Vaccination report Assam 1896-1927 - 1896-1927
Year: 1896
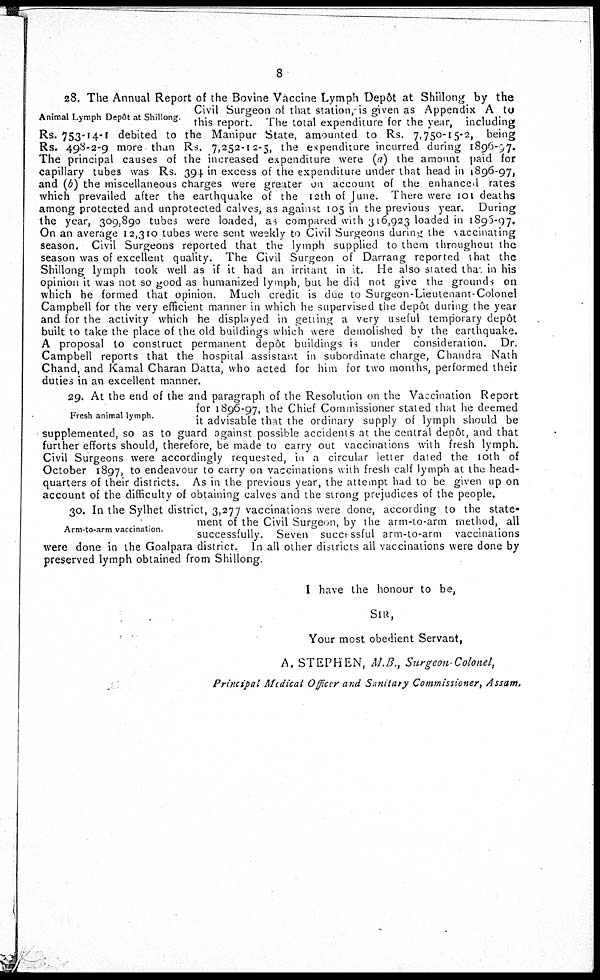
8
Animal Lymph Depôt at Shillong.
28. The Annual Report of the Bovine Vaccine Lymph Depôt at Shillong by the
Civil Surgeon of that station is given as Appendix A to
this report. The total expenditure for the year, including
Rs. 753-14-1 debited to the Manipur State, amounted to Rs. 7,750-15-2, being
Rs. 498-2-9 more than Rs. 7,252-12-5, the expenditure incurred during 1896-97.
The principal causes of the increased expenditure were (a) the amount paid for
capillary tubes was Rs. 394 in excess of the expenditure under that head in 1896-97,
and (b) the miscellaneous charges were greater on account of the enhanced rates
which prevailed after the earthquake of the 12th of June. There were 101 deaths
among protected and unprotected calves, as against 105 in the previous year. During
the year, 309,890 tubes were loaded, as compared with 316,923 loaded in 1896-97.
On an average 12,310 tubes were sent weekly to Civil Surgeons during the vaccinating
season. Civil Surgeons reported that the lymph supplied to them throughout the
season was of excellent quality. The Civil Surgeon of Darrang reported that the
Shillong lymph took well as if it had an irritant in it. He also stated that. in his
opinion it was not so good as humanized lymph, but he did not give the grounds on
which he formed that opinion. Much credit is due to Surgeon-Lieutenant-Colonel
Campbell for the very efficient manner in which he supervised the depôt during the year
and for the activity which he displayed in getting a very useful temporary depôt
built to take the place of the old buildings which were demolished by the earthquake.
A proposal to construct permanent depôt buildings is under consideration. Dr.
Campbell reports that the hospital assistant in subordinate charge, Chandra Nath
Chand, and Kamal Charan Datta, who acted for him for two months, performed their
duties in an excellent manner.
Fresh animal lymph.
29. At the end of the 2nd paragraph of the Resolution on the Vaccination Report
for 1896-97, the Chief Commissioner stated that he deemed
it advisable that the ordinary supply of lymph should be
supplemented, so as to guard against possible accidents at the central depôt, and that
further efforts should, therefore, be made to carry out vaccinations with fresh lymph.
Civil Surgeons were accordingly requested, in a circular letter dated the 10th of
October 1897, to endeavour to carry on vaccinations with fresh calf lymph at the head-
quarters of their districts. As in the previous year, the attempt had to be given up on
account of the difficulty of obtaining calves and the strong prejudices of the people.
Arm-to-arm vaccination.
30. In the Sylhet district, 3,277 vaccinations were done, according to the state-
ment of the Civil Surgeon, by the arm-to-arm method, all
successfully. Seven successful arm-to-arm vaccinations
were done in the Goalpara district. In all other districts all vaccinations were done by
preserved lymph obtained from Shillong.
I have the honour to be,
SIR,
Your most obedient Servant,
A. STEPHEN, M.B., Surgeon-Colonel,
Principal Medical Officer and Sanitary Commissioner, Assam.